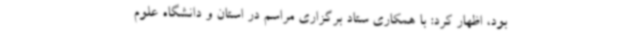
بود، اظهار کرد: با همکاری ستاد برگزاری مراسم در استان و دانشگاه علوم